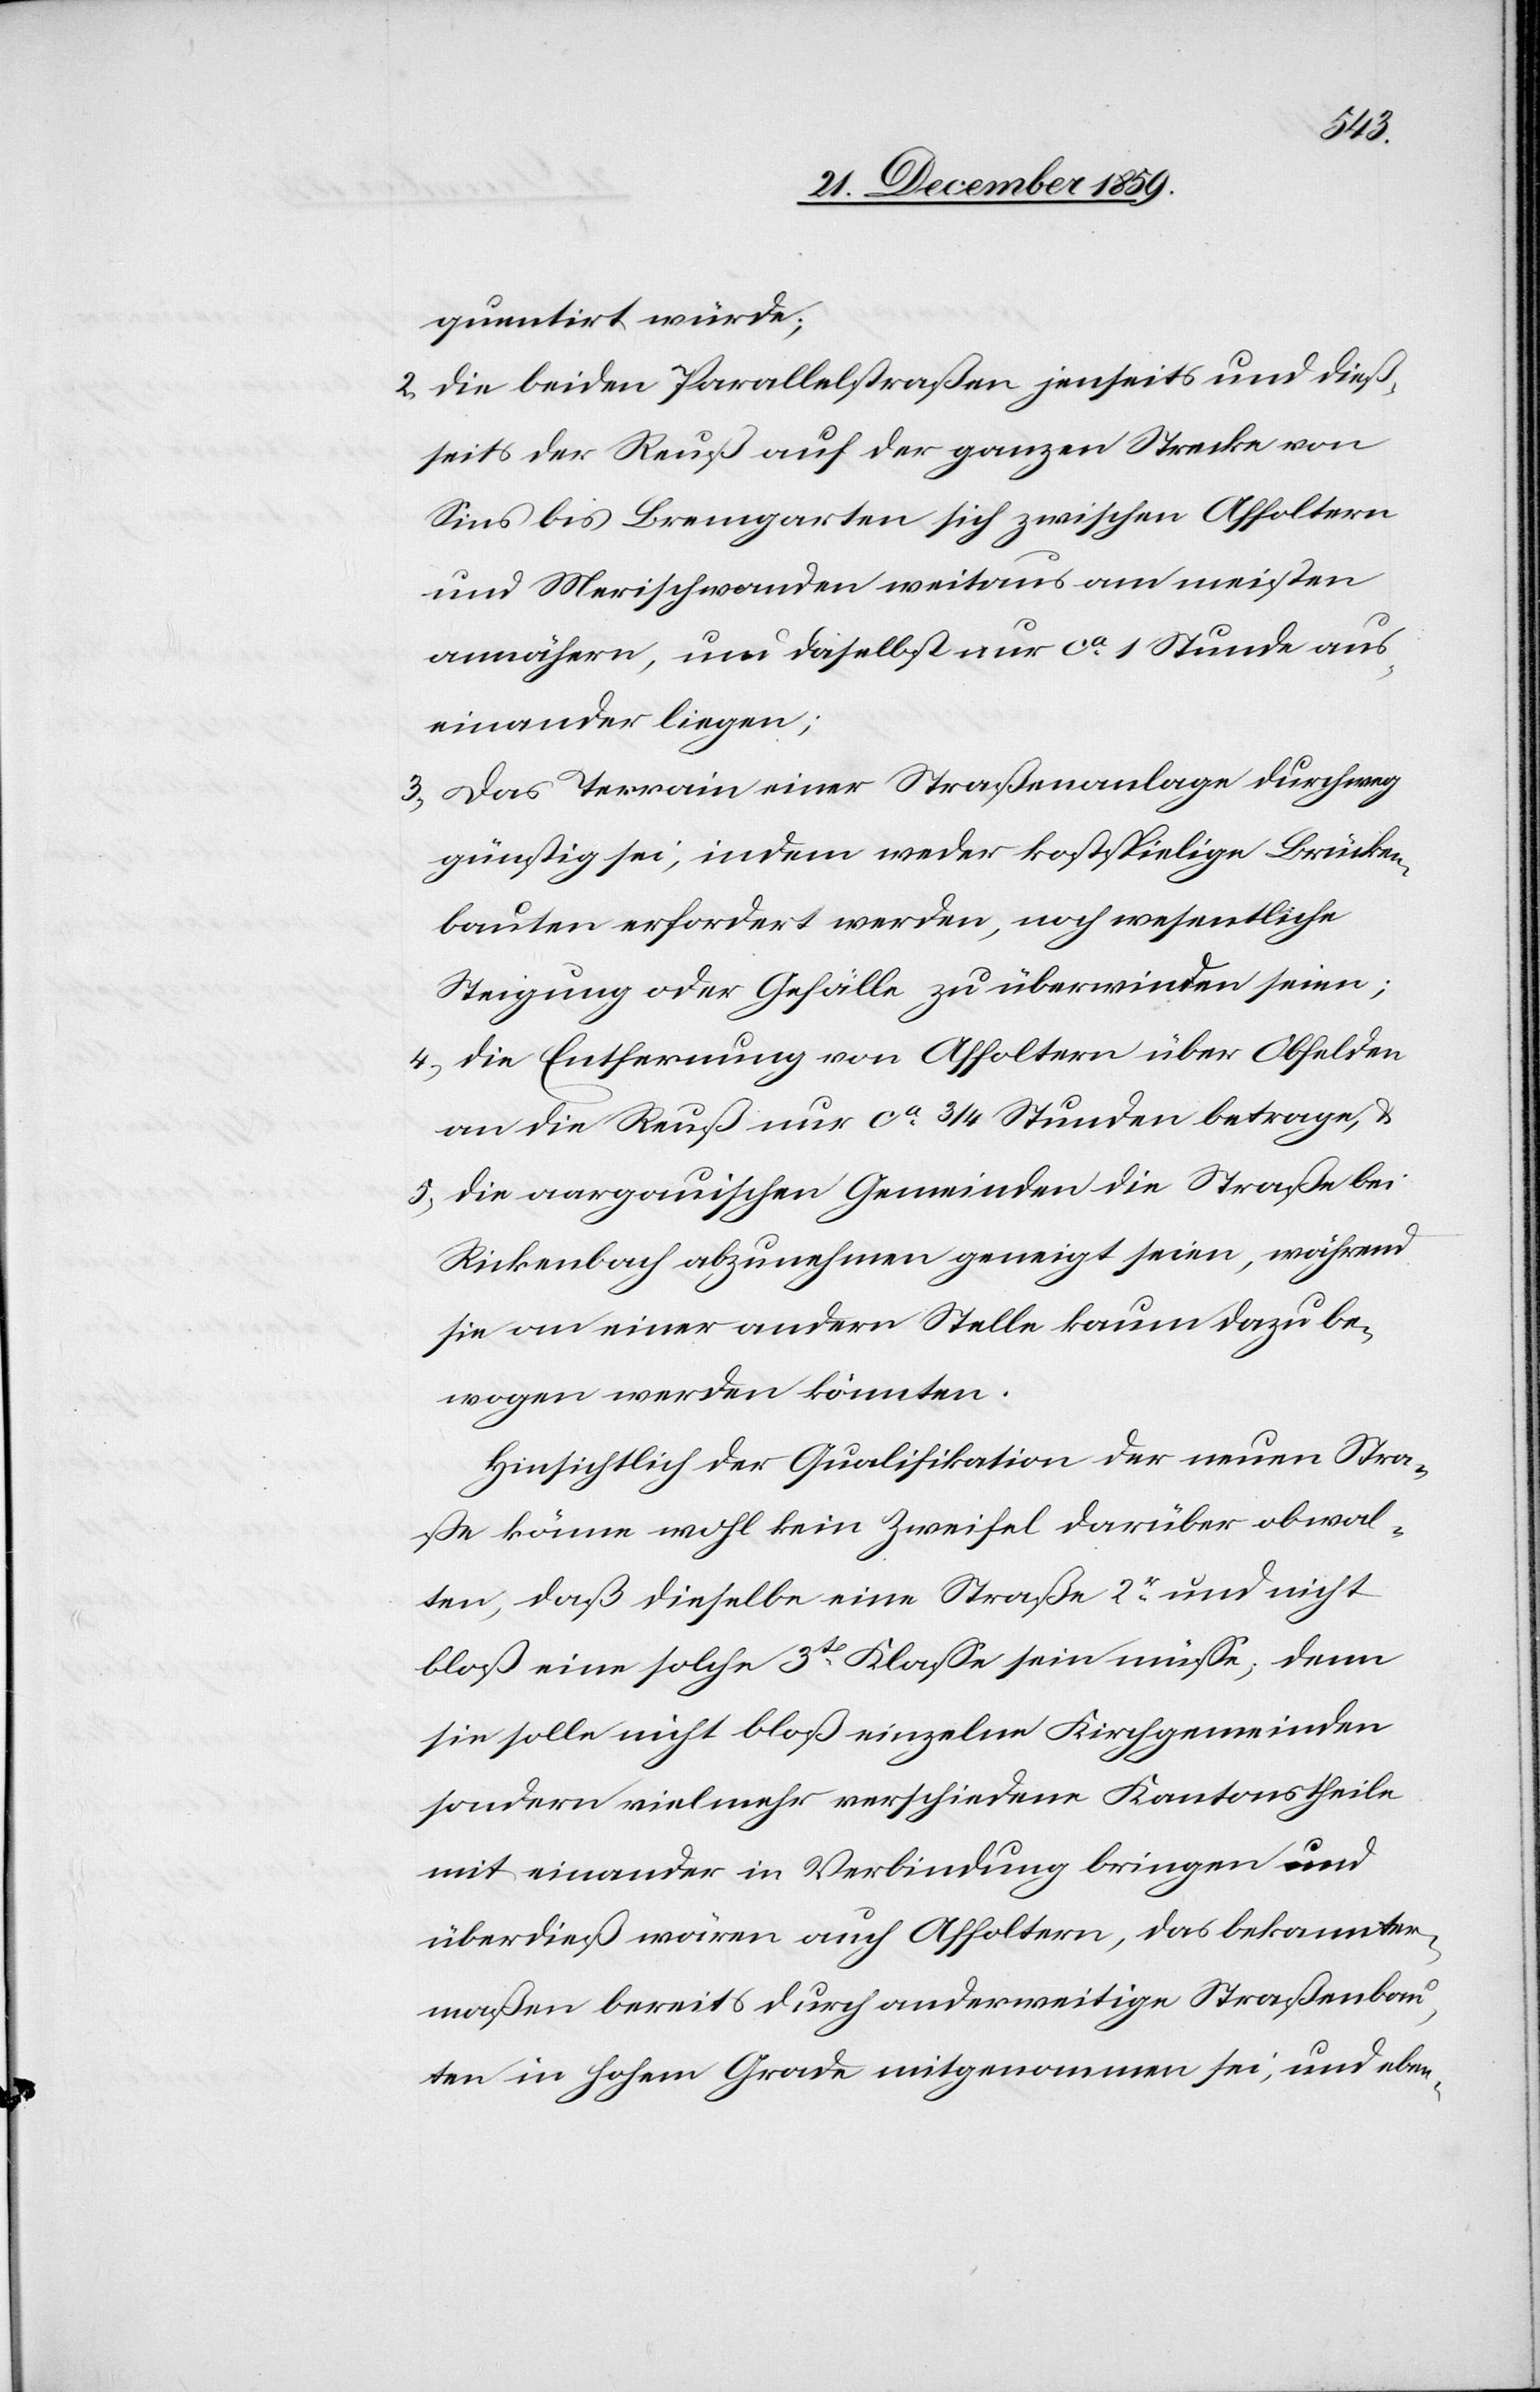
quentirt würde;
2.) die beiden Parallelstraßen jenseits und dieß¬
seits der Reuß auf der ganzen Strecke von
Sins bis Bremgarten sich zwischen Affoltern
und Merischwanden weitaus am meisten
annähern, und daselbst nur ca. 1 Stunde aus¬
einander liegen;
3.) Das Terrain einer Straßenanlage durchweg
günstig sei, indem weder kostspielige Brücken¬
bauten erfordert werden, noch wesentliche
Steigung oder Gefälle zu überwinden seien;
4.) die Entfernung von Affoltern über Obfelden
an die Reuß ca. 3/4 Stunden betrage, &
5.) die aargauischen Gemeinden die Straße bei
Rickenbach abzunehmen geneigt seien, während
sie an einer andern Stelle kaum dazu be¬
wogen werden könnten.
Hinsichtlich der Qualifikation der neuen Stra¬
ße könne wohl kein Zweifel darüber obwal¬
ten, daß dieselbe eine Straße 2r Klasse und nicht
bloß eine solche 3te Klasse sein müsse, denn
sie solle nicht bloß einzelne Kirchgemeinden
sondern vielmehr verschiedene Kantonstheile
mit einander in Verbindung bringen und
überdieß wären auch Affoltern, das bekannter¬
maßen bereits durch anderweitige Straßenbau¬
ten in hohem Grade mitgenommen sei, und eben-